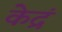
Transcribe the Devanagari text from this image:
केद्रं